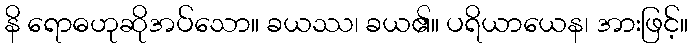
နိ ရောဓဟုဆိုအပ်သော။ ခယဿ၊ ခယ၏။ ပရိယာယေန၊ အားဖြင့်။